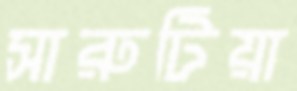
সারুটিয়া